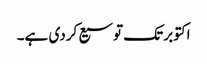
اکتوبر تک توسیع کردی ہے۔